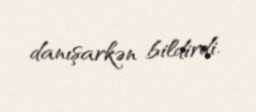
danışarkən bildirdi.